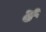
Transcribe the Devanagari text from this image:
ढं